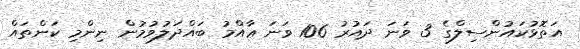
އަތޮޅުކައުންސިލްގެ 3 ވަނަ ދައުރު 106 ވަނަ ޢާއްމު ބައްދަލުވުމުން ނިންމި ކަންތައް